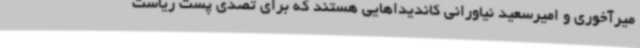
میرآخوری و امیرسعید نیاورانی کاندیداهایی هستند که برای تصدی پست ریاست